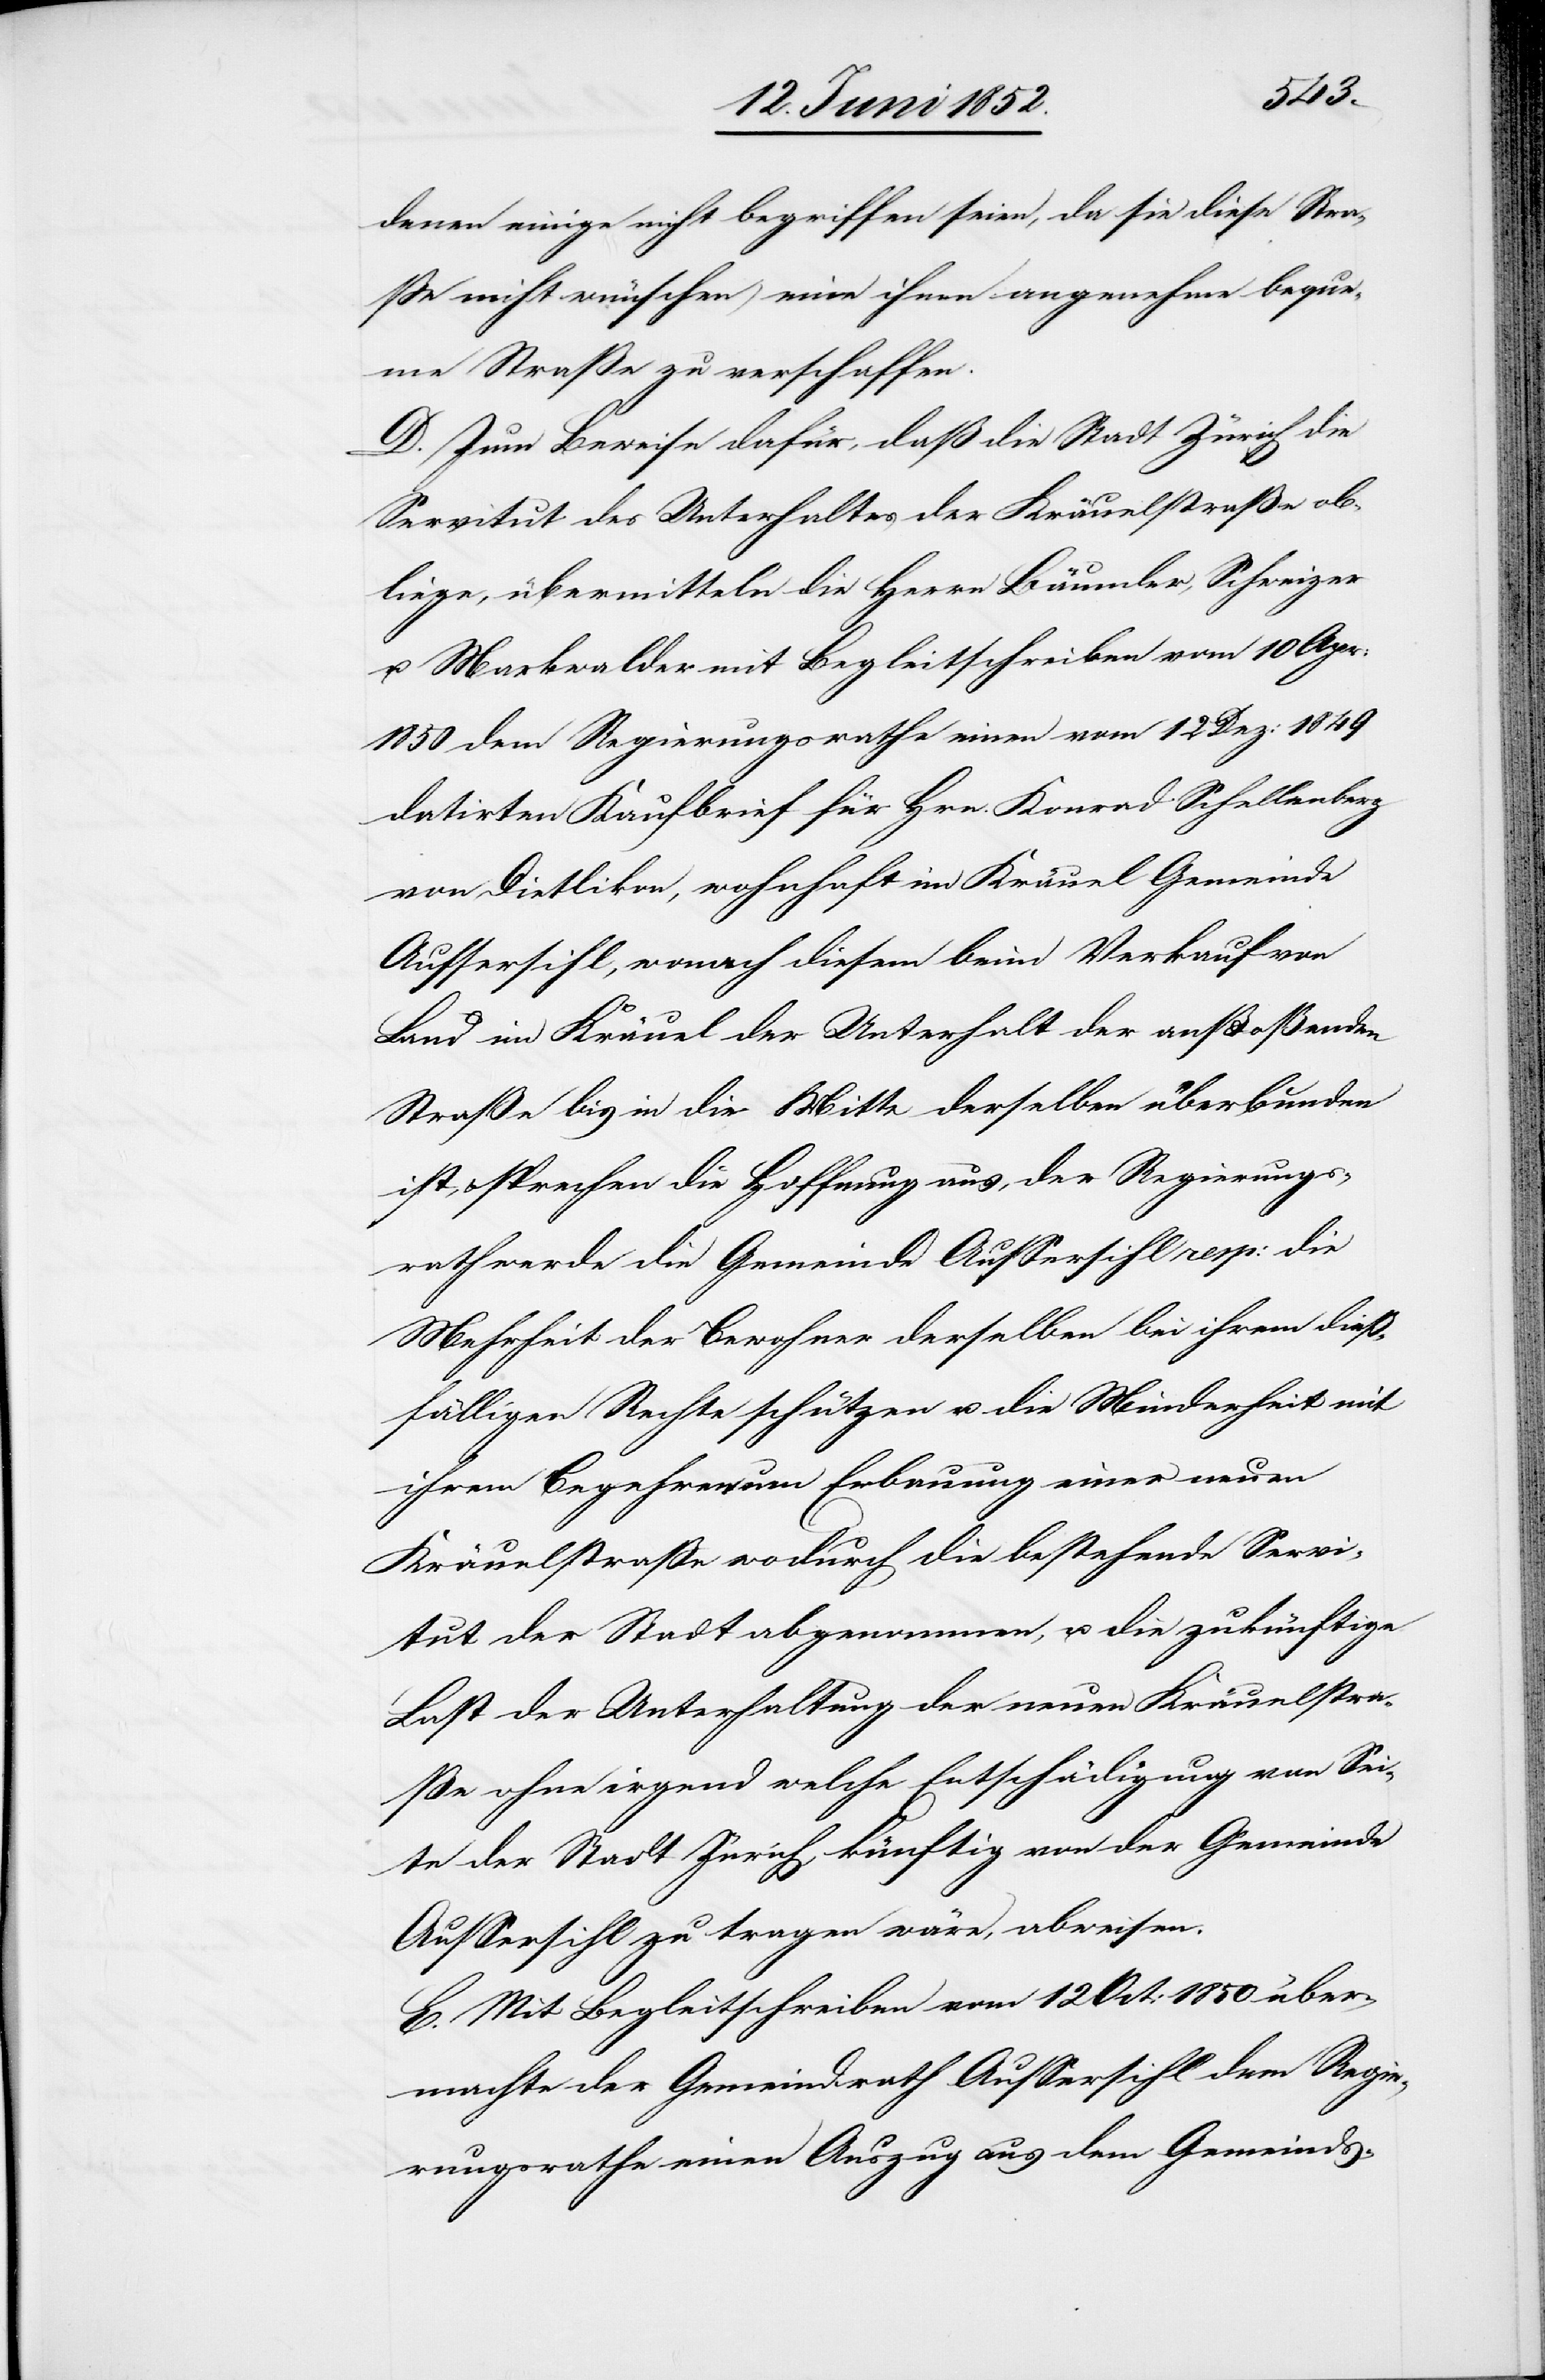
denen einige nicht begriffen seien, da sie diese Stra¬
ße nicht wünschen) eine ihnen angenehme beque¬
me Straße zu verschaffen.
D. Zum Beweise dafür, daß die [sic!] Stadt Zürich die
Servitut des Unterhaltes der Kräuelstraße ob¬
liege, übermitteln die Herrn Bäumler, Schweizer
u. Markwalder mit Begleitschreiben vom 10 Apr:
1850 dem Regierungsrathe einen vom 12 Dez: 1849
datirten Kaufbrief für Hrn. Konrad Schellenberg
von Dietlikon, wohnhaft im Kräuel Gemeinde
Aussersihl, wonach diesem beim Verkauf von
Land im Kräuel der Unterhalt der ans[?t]oßenden
Straße bis in die Mitte derselben überbunden
ist, & sprechen die Hoffnung aus, der Regierungs¬
rath werde die Gemeinde Aussersihl resp: die
Mehrheit der Bewohner derselben bei ihrem dieß¬
fälligen Rechte schützen u. die Minderheit mit
ihrem Begehren um Erbauung einer neuen
Kräuelstraße wodurch die bestehende Servi¬
tut der Stadt abgenommen, u. die zukünftige
Last der Unterhaltung der neuen Kräuelstra¬
ße ohne irgend welche Entschädigung von Sei¬
te der Stadt Zürich, künftig von der Gemeinde
Aussersihl zu tragen wäre, abweisen.
E. Mit Begleitschreiben vom 12 Oct: 1850 über¬
machte der Gemeindrath Aussersihl dem Regie¬
rungsrathe einen Auszug aus dem Gemeinds-